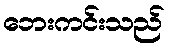
ဘေးကင်းသည်